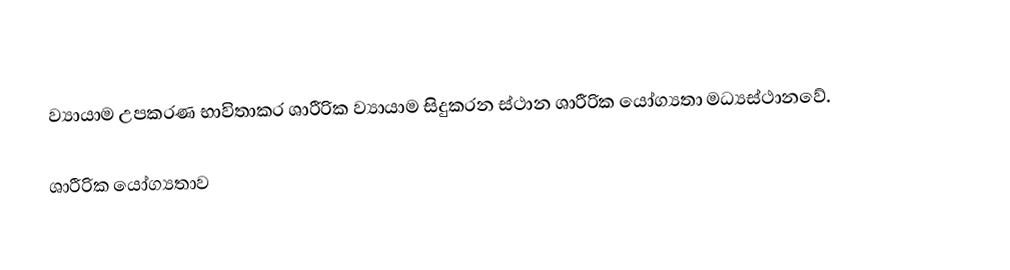
ව්‍යායාම උපකරණ භාවිතාකර ශාරීරික ව්‍යායාම සිදුකරන ස්ථාන  ශාරීරික යෝග්‍යතා මධ්‍යස්ථානවේ.

ශාරීරික යෝග්‍යතාව